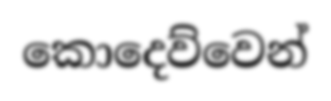
කොදෙව්වෙන්